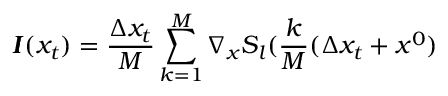
\pmb { I } ( x _ { t } ) = \frac { \Delta x _ { t } } { M } \sum _ { k = 1 } ^ { M } \nabla _ { x } S _ { l } ( \frac { k } { M } ( \Delta x _ { t } + x ^ { 0 } )